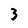
Character: 3